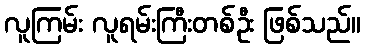
လူကြမ်း လူရမ်းကြီးတစ်ဦး ဖြစ်သည်။